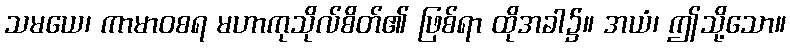
သမယေ၊ ကာမာဝစရ မဟာကုသိုလ်စိတ်၏ ဖြစ်ရာ ထိုအခါ၌။ အယံ၊ ဤသို့သော။